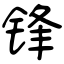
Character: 锋